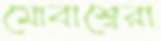
মোবাশ্বেরা